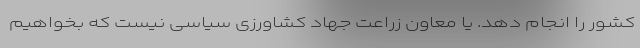
کشور را انجام دهد. یا معاون زراعت جهاد کشاورزی سیاسی نیست که بخواهیم